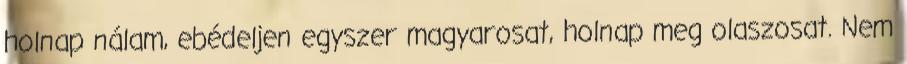
holnap nálam, ebédeljen egyszer magyarosat, holnap meg olaszosat. Nem